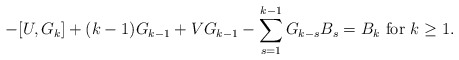
\begin{align*} -[U,G_{k}]+(k-1)G_{k-1}+VG_{k-1}-\sum_{s=1}^{k-1}G_{k-s}B_{s}=B_{k}\,\,\mathrm{for}\,\,k\geq 1. \end{align*}